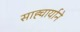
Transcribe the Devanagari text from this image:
साह्चार्याने